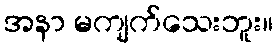
အနာ မကျက်သေးဘူး။